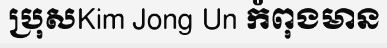
ប្រុសKim Jong Un កំពុងមាន